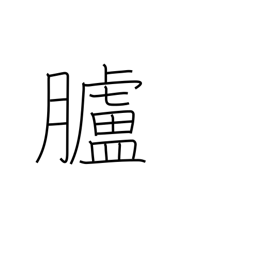
Meaning: skin